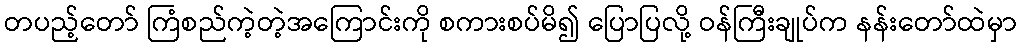
တပည့်တော် ကြံစည်ကဲ့တဲ့အကြောင်းကို စကားစပ်မိ၍ ပြောပြလို့ ဝန်ကြီးချုပ်က နန်းတော်ထဲမှာ